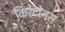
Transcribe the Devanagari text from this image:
किरेटोनस